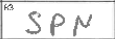
Transcription: SPN